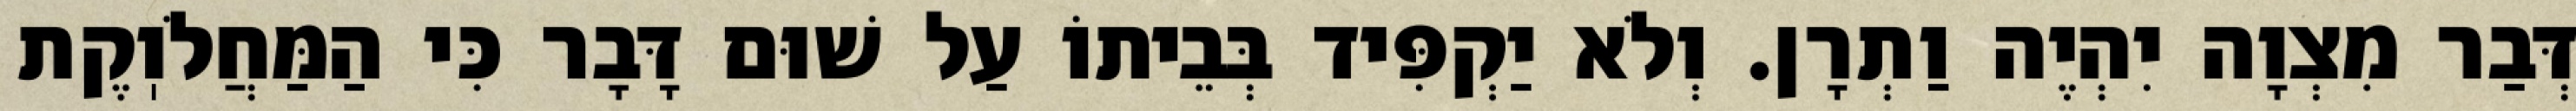
דְּבַר מִצְוָה יִהְיֶה וַתְרָן. וְלֹא יַקְפִּיד בְּבֵיתוֹ עַל שׁוּם דָּבָר כִּי הַמַּחֲלֹוֽקֶת